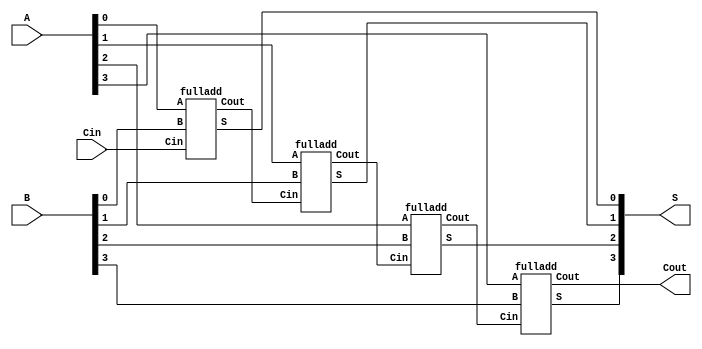
module full_add4(S, Cout, A, B, Cin); 
	input [3:0] A, B;
    input Cin; 
    output [3:0] S;
    output Cout; 
    wire Cout0, Cout1, Cout2; 
    fulladd stage0 (S[0], Cout0, A[0], B[0], Cin); 
    fulladd stage1 (S[1], Cout1, A[1], B[1], Cout0); 
    fulladd stage2 (S[2], Cout2, A[2], B[2], Cout1); 
    fulladd stage3 (S[3], Cout, A[3], B[3], Cout2); 
endmodule

module fulladd(S, Cout, A, B, Cin); 
// This module implements a 1-bit full adder 
   input A, B, Cin; 
   output S, Cout;
 
   assign S = A ^ B ^ Cin; 
   assign Cout = (A & B) | (Cin & (A ^ B)); 
endmodule